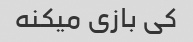
کی بازی میکنه